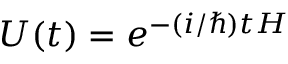
U ( t ) = e ^ { - ( i / \hbar ) t H }